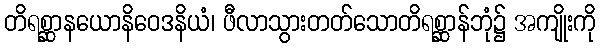
တိရစ္ဆာနယောနိဝေဒနိယံ၊ ဖီလာသွားတတ်သောတိရစ္ဆာန်ဘုံ၌ အကျိုးကို